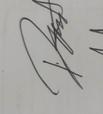
Signature authenticity: genuine